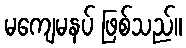
မကျေမနပ် ဖြစ်သည်။